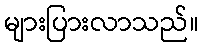
များပြားလာသည်။